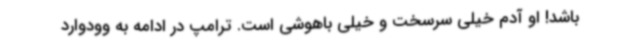
باشد! او آدم خیلی سرسخت و خیلی باهوشی است. ترامپ در ادامه به وودوارد